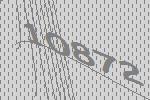
10872